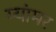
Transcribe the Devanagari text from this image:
म्यांमर